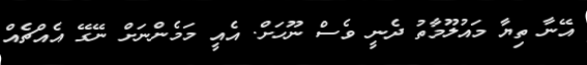
އޭނާ ތިޔާ މައުލޫމާތު ދެނީ ވެސް ނޫހަށް. އެއީ މަމެންނަށް ނޭގޭ އެއްޗެއް